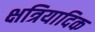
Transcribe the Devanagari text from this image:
क्षत्रियादिक